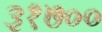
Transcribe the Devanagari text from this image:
३१७००